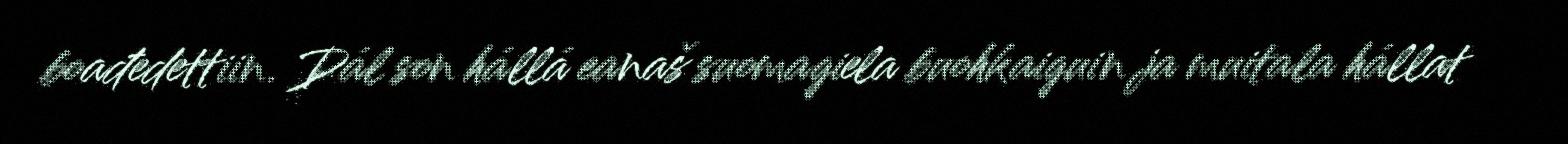
boađedettiin. Dál son hállá eanaš suomagiela buohkaiguin ja muitala hállat